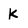
Character: k